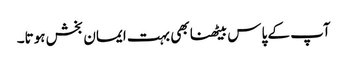
آپ کے پاس بیٹھنا بھی بہت ایمان بخش ہوتا۔